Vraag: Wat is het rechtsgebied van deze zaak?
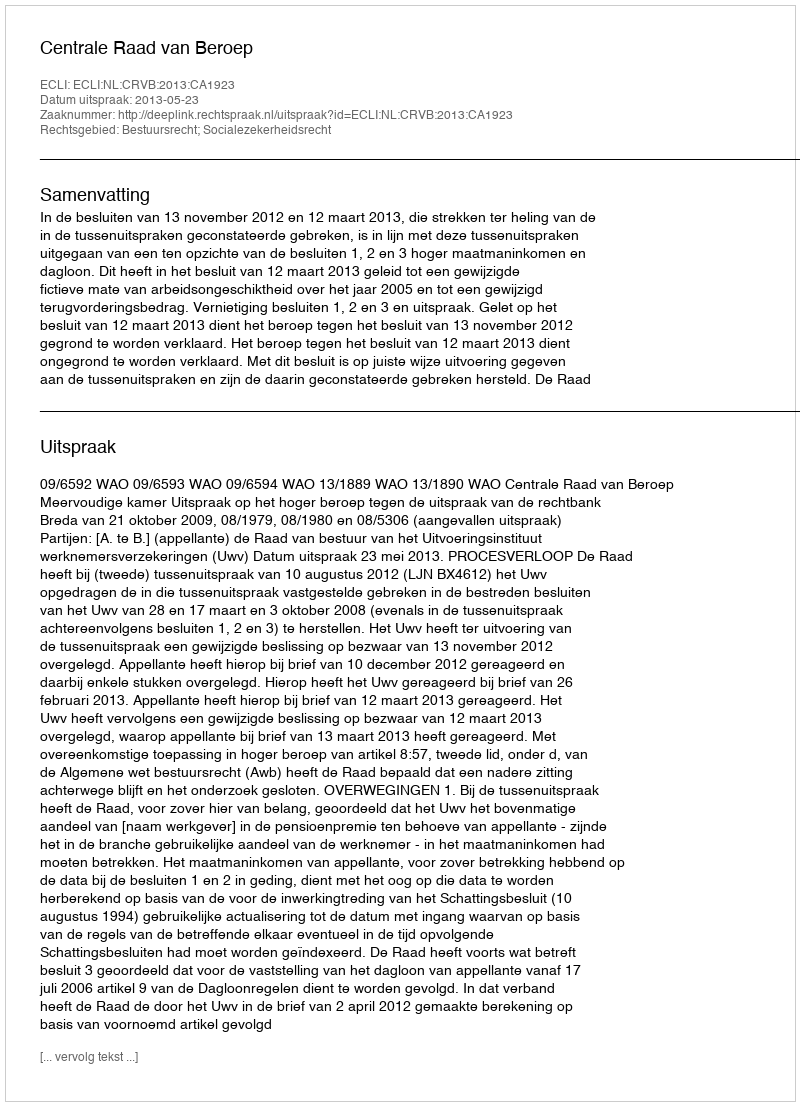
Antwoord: Bestuursrecht; Socialezekerheidsrecht